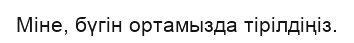
Міне, бүгін ортамызда тірілдіңіз.